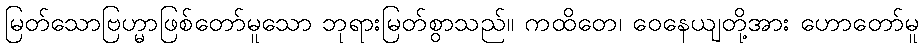
မြတ်သောဗြဟ္မာဖြစ်တော်မူသော ဘုရားမြတ်စွာသည်။ ကထိတေ၊ ဝေနေယျတို့အား ဟောတော်မူ